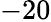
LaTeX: -20